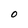
Character: O